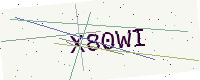
Text: X80WI